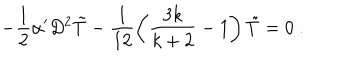
LaTeX: - \frac { 1 } { 2 } \alpha ^ { \prime } D ^ { 2 } \tilde { T } - \frac { 1 } { 1 2 } \left( \frac { 3 k } { k + 2 } - 1 \right) \tilde { T } = 0 ~ .